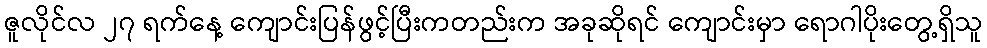
ဇူလိုင်လ ၂၇ ရက်နေ့ ကျောင်းပြန်ဖွင့်ပြီးကတည်းက အခုဆိုရင် ကျောင်းမှာ ရောဂါပိုးတွေ့ရှိသူ